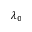
\lambda _ { 0 }